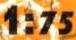
1:75